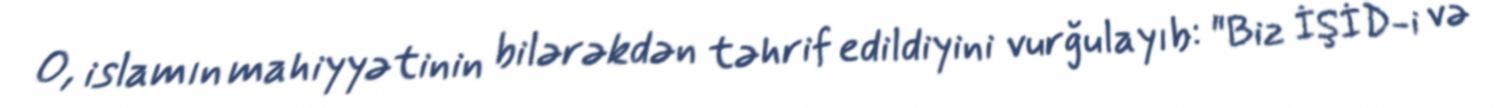
O, islamın mahiyyətinin bilərəkdən təhrif edildiyini vurğulayıb: "Biz İŞİD-i və